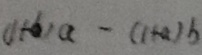
( 1 + b ) a - ( 1 + a ) b